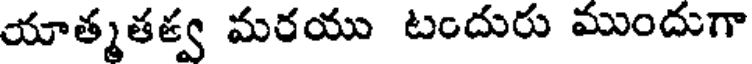
యాత్మతత్వ మరయు టందురు ముందుగా